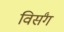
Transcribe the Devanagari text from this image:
विर्संग